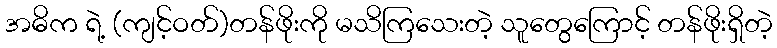
အဓိက ရဲ့ (ကျင့်ဝတ်)တန်ဖိုးကို မသိကြသေးတဲ့ သူတွေကြောင့် တန်ဖိုးရှိတဲ့